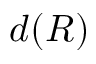
d ( R )